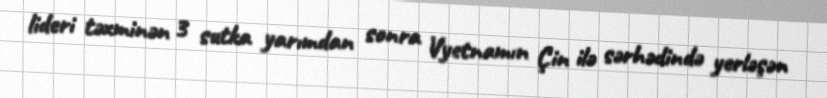
lideri təxminən 3 sutka yarımdan sonra Vyetnamın Çin ilə sərhədində yerləşən